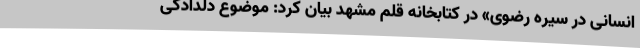
انسانی در سیره رضوی» در کتابخانه قلم مشهد بیان کرد: موضوع دلدادگی